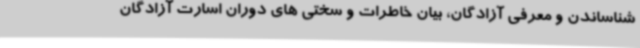
شناساندن و معرفی آزادگان، بیان خاطرات و سختی های دوران اسارت آزادگان